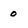
Character: 0